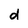
Character: d